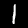
Digit: 1